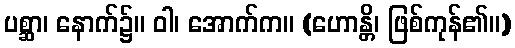
ပစ္ဆာ၊ နောက်၌။ ဝါ၊ အောက်က။ (ဟောန္တိ၊ ဖြစ်ကုန်၏။)